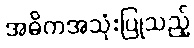
အဓိကအသုံးပြုသည့်